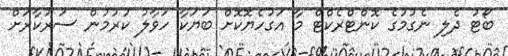
ބޯޓު ދެލި ނެގުމުގެ ކޮންޓްރެކްޓް މާ އަގުހެޔޮކޮށް ބަޔަކާ ހަވާލު ކުރުމުން ސަރުކާރަށް